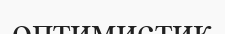
оптимистик